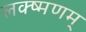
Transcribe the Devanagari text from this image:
लक्ष्मणम्